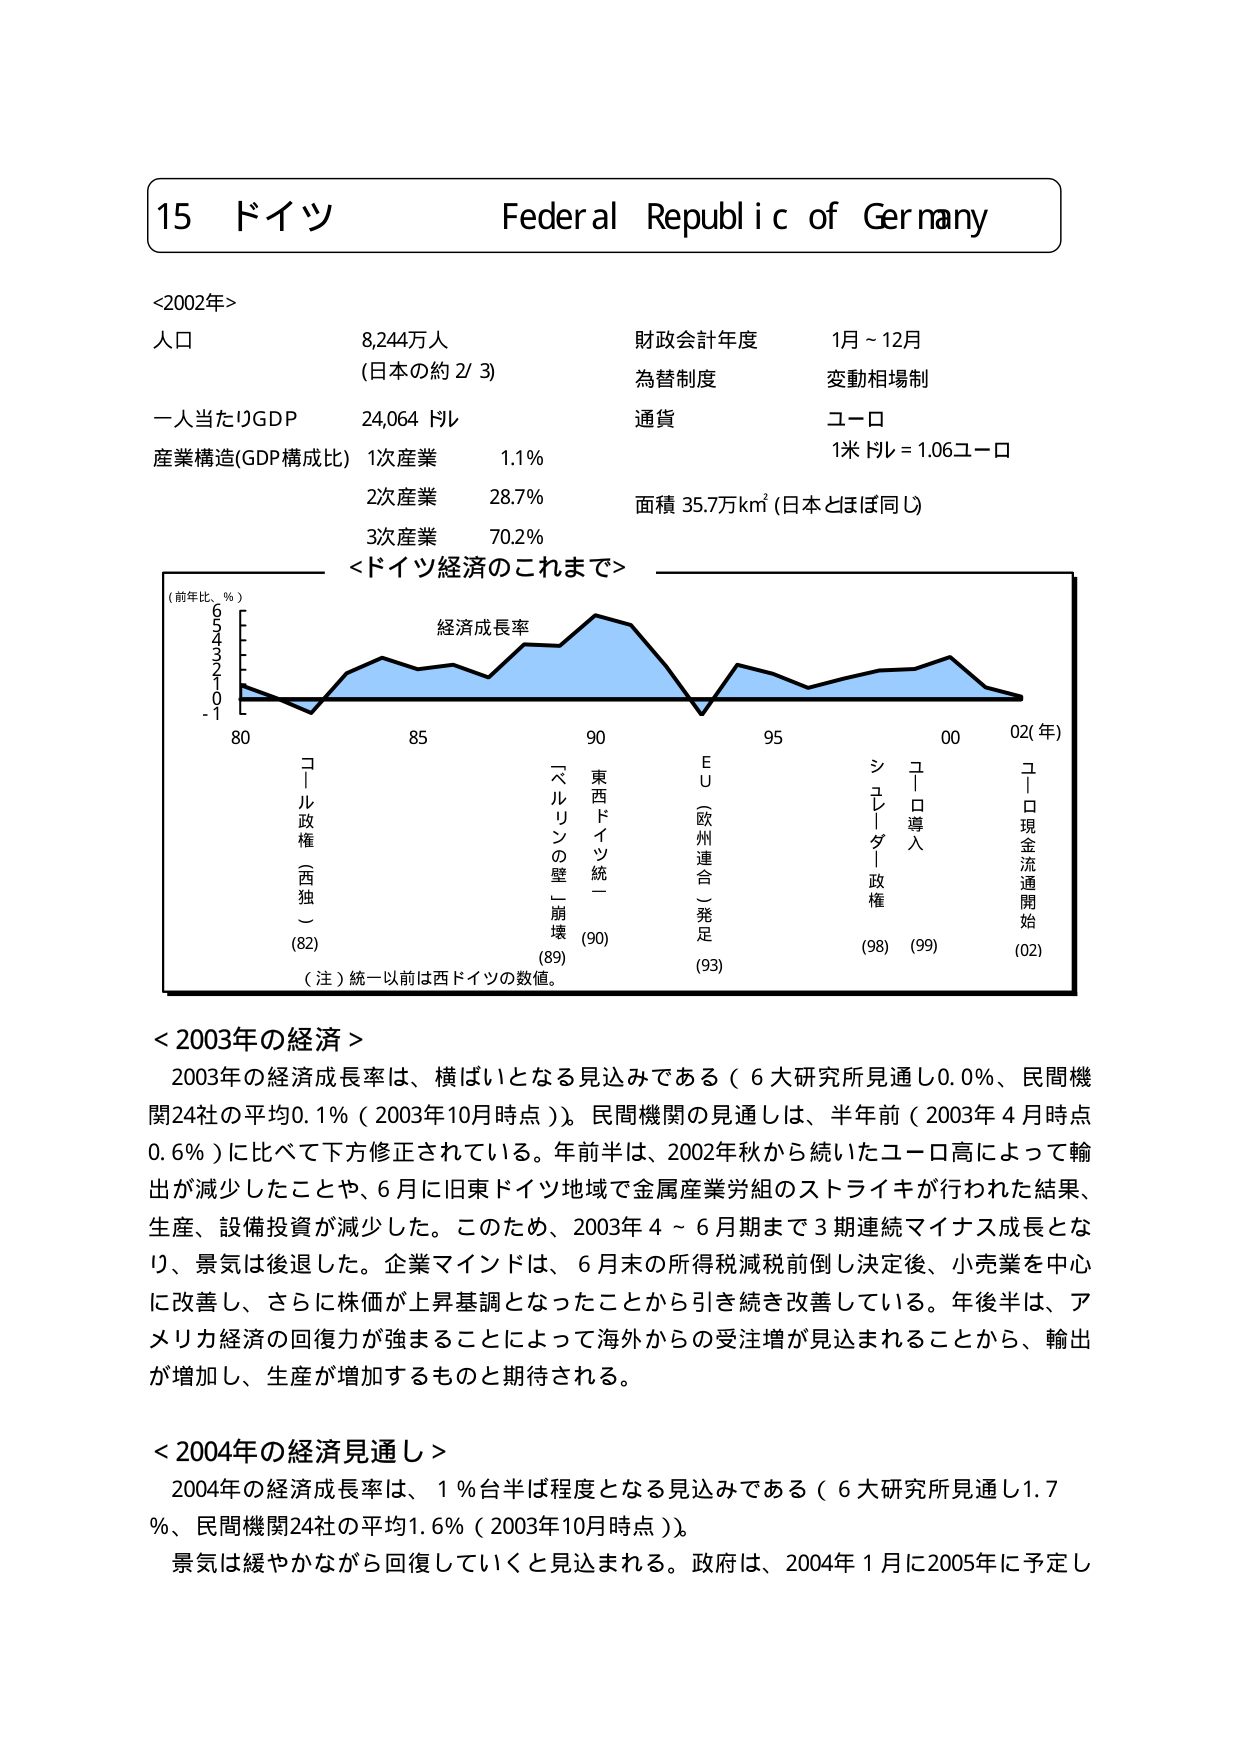
15 ドイツ Federal Republic of Germany

<2002年>
人口 8,244万人
（日本の約 2/3）
一人当たりGDP 24,064 ドル
産業構造(GDP構成比) 1次産業 1.1%
2次産業 28.7%
3次産業 70.2%
財政会計年度 1月～12月
為替制度 変動相場制
通貨 ユーロ
1米ドル = 1.06ユーロ
面積 35.7万km² (日本とほぼ同じ)

<ドイツ経済のこれまで>
（前年比、％）
経済成長率
-1 0 1 2 3 4 5 6
80 85 90 95 00 02(年)
コール政権（西独） (82)
「ベルリンの壁」崩壊 (89)
東西ドイツ統一 (90)
EU（欧州連合）発足 (93)
シュレーダー政権 (98)
ユーロ導入 (99)
ユーロ現金流通開始 (02)
（注）統一以前は西ドイツの数値。

<2003年の経済>
2003年の経済成長率は、横ばいとなる見込みである（6大研究所見通し0.0％、民間機関24社の平均0.1％（2003年10月時点））。民間機関の見通しは、半年前（2003年4月時点0.6％）に比べて下方修正されている。年前半は、2002年秋から続いたユーロ高によって輸出が減少したことや、6月に旧東ドイツ地域で金属産業労組のストライキが行われた結果、生産、設備投資が減少した。このため、2003年4～6月期まで3期連続マイナス成長となり、景気は後退した。企業マインドは、6月末の所得税減税前倒し決定後、小売業を中心に改善し、さらに株価が上昇基調となったことから引き続き改善している。年後半は、アメリカ経済の回復力が強まることによって海外からの受注増が見込まれることから、輸出が増加し、生産が増加するものと期待される。

<2004年の経済見通し>
2004年の経済成長率は、1％台半ば程度となる見込みである（6大研究所見通し1.7％、民間機関24社の平均1.6％（2003年10月時点））。
景気は緩やかながら回復していくと見込まれる。政府は、2004年1月に2005年に予定し